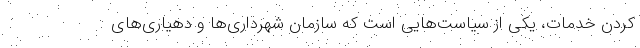
کردن خدمات، یکی از سیاست‌هایی‌ است که سازمان شهرداری‌ها و دهیاری‌های